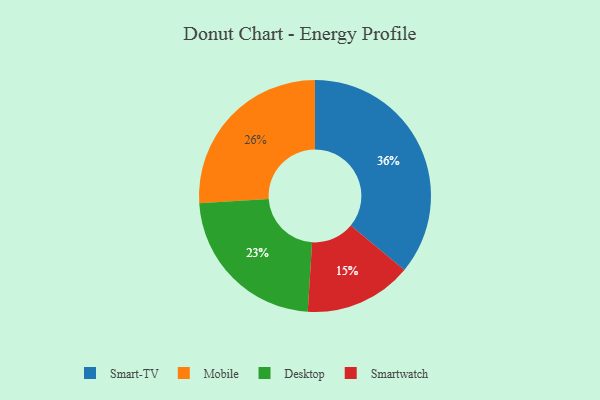
{"axis": {"x": "Category", "y": "Percentage"}, "legend": ["Desktop", "Mobile", "Smart-TV", "Smartwatch"], "data": [{"x": "Desktop", "y": 23, "type": "Desktop"}, {"x": "Mobile", "y": 26, "type": "Mobile"}, {"x": "Smart-TV", "y": 36, "type": "Smart-TV"}, {"x": "Smartwatch", "y": 15, "type": "Smartwatch"}]}